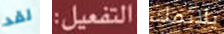
لقد التفعيل: يلائمك